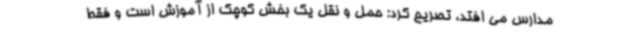
مدارس می افتد، تصریح کرد: حمل و نقل یک بخش کوچک از آموزش است و فقط